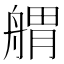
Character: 𦩝